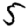
Digit: 5